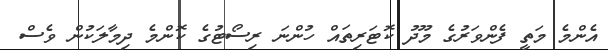
އެންމެ މަތީ ފެންވަރުގެ މޫދު ކޮޓަރިތައް ހުންނަ ރިސޯޓުގެ ކޮންމެ ދިމާލަކުން ވެސް